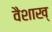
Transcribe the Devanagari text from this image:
वैशाख्